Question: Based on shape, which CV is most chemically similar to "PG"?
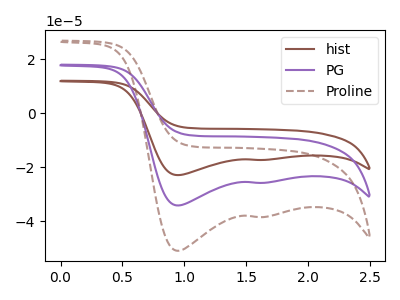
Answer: <think>The brown curve "hist" has cathodic peaks at (0.95V, -22.85uA) (1.60V, -17.25uA). The purple curve "PG" has cathodic peaks at (0.95V, -34.15uA) (1.60V, -25.75uA). The brown dashed curve "Proline" has cathodic peaks at (0.95V, -68.25uA) (1.60V, -51.45uA).
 All the peaks in "hist" have a peak in "PG" at the same potential. Every peak in "hist" is lower than every peak in "PG". All the peaks in "hist" have a peak in "Proline" at the same potential. Every peak in "hist" is lower than every peak in "Proline". All the peaks in "PG" have a peak in "Proline" at the same potential. Every peak in "PG" is lower than every peak in "Proline".</think>
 <answer>"PG" and "Proline" have a similar shape to "hist".</answer>
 <eval>"PG" "Proline"</eval>